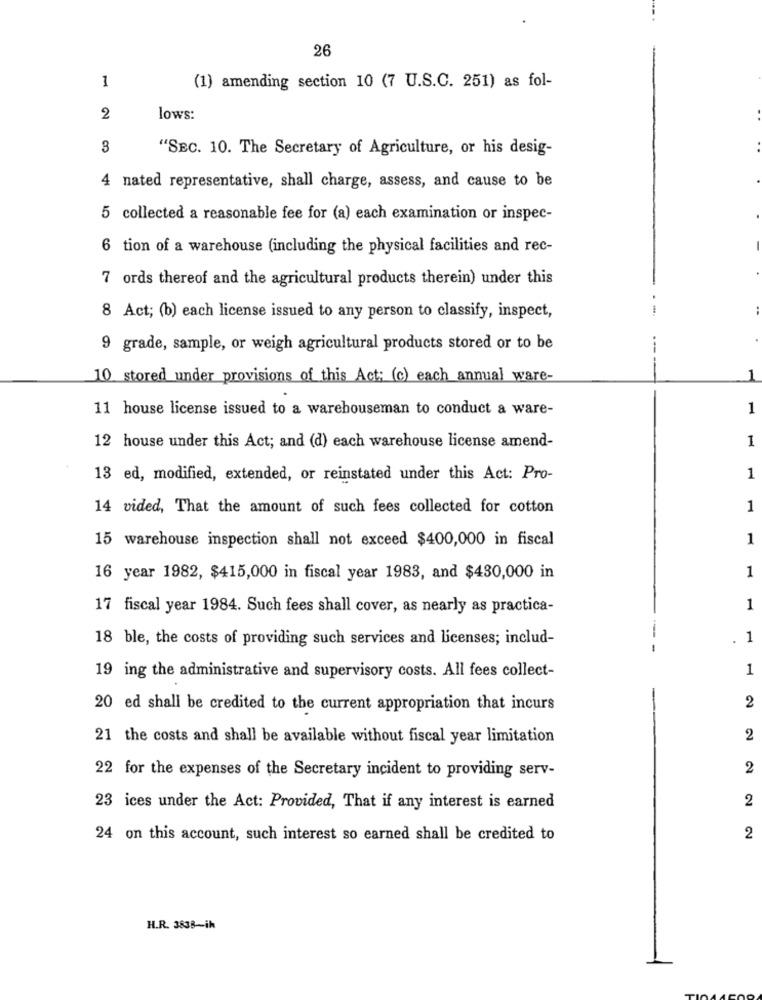
26
1
(1) amending section 10 (7 U.S.C. 251) as fol-
2
lows:
3
"SEC. 10. The Secretary of Agriculture, or his desig-
4 nated representative, shall charge, assess, and cause to be
5 collected a reasonable fee for (a) each examination or inspec-
6 tion of a warehouse (including the physical facilities and rec-
7 ords thereof and the agricultural products therein) under this
..
8 Act; (b) each license issued to any person to classify, inspect,
9 grade, sample, or weigh agricultural products stored or to be
10 stored under provisions of this Act; (c) each annual ware-
11 house license issued to a warehouseman to conduct a ware-
1
12 house under this Act; and (d) each warehouse license amend-
1
13 ed, modified, extended, or reinstated under this Act: Pro-
1
14 vided, That the amount of such fees collected for cotton
1
15 warehouse inspection shall not exceed $400,000 in fiscal
1
16 year 1982, $415,000 in fiscal year 1983, and $430,000 in
1
17 fiscal year 1984. Such fees shall cover, as nearly as practica-
1
18 ble, the costs of providing such services and licenses; includ-
1
1
19 ing the administrative and supervisory costs. All fees collect-
20 ed shall be credited to the current appropriation that incurs
2
21 the costs and shall be available without fiscal year limitation
2
2
22 for the expenses of the Secretary incident to providing serv-
2
23 ices under the Act: Provided, That if any interest is earned
24 on this account, such interest so earned shall be credited to
2
H.R. 3838-ih